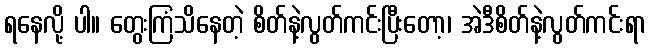
ရနေလို့ ပါ။ တွေးကြံသိနေတဲ့ စိတ်နဲ့လွတ်ကင်းပြီးတော့၊ အဲဒီစိတ်နဲ့လွတ်ကင်းရာ